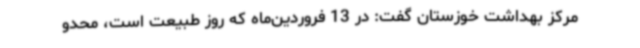
مرکز بهداشت خوزستان گفت: در 13 فروردین‌ماه که روز طبیعت است، محدو